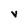
Character: V